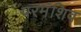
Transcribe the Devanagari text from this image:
परमंशिव